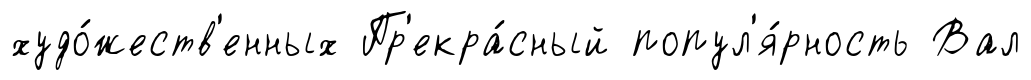
худо́жеств'енных Пр'екра́сный попул'я́рность Вал